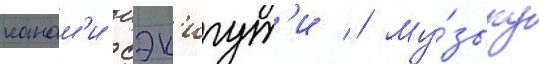
канам'и сэк'игут'и // Му́зыку